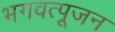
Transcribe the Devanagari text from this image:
भगवत्पूजन